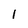
Character: l